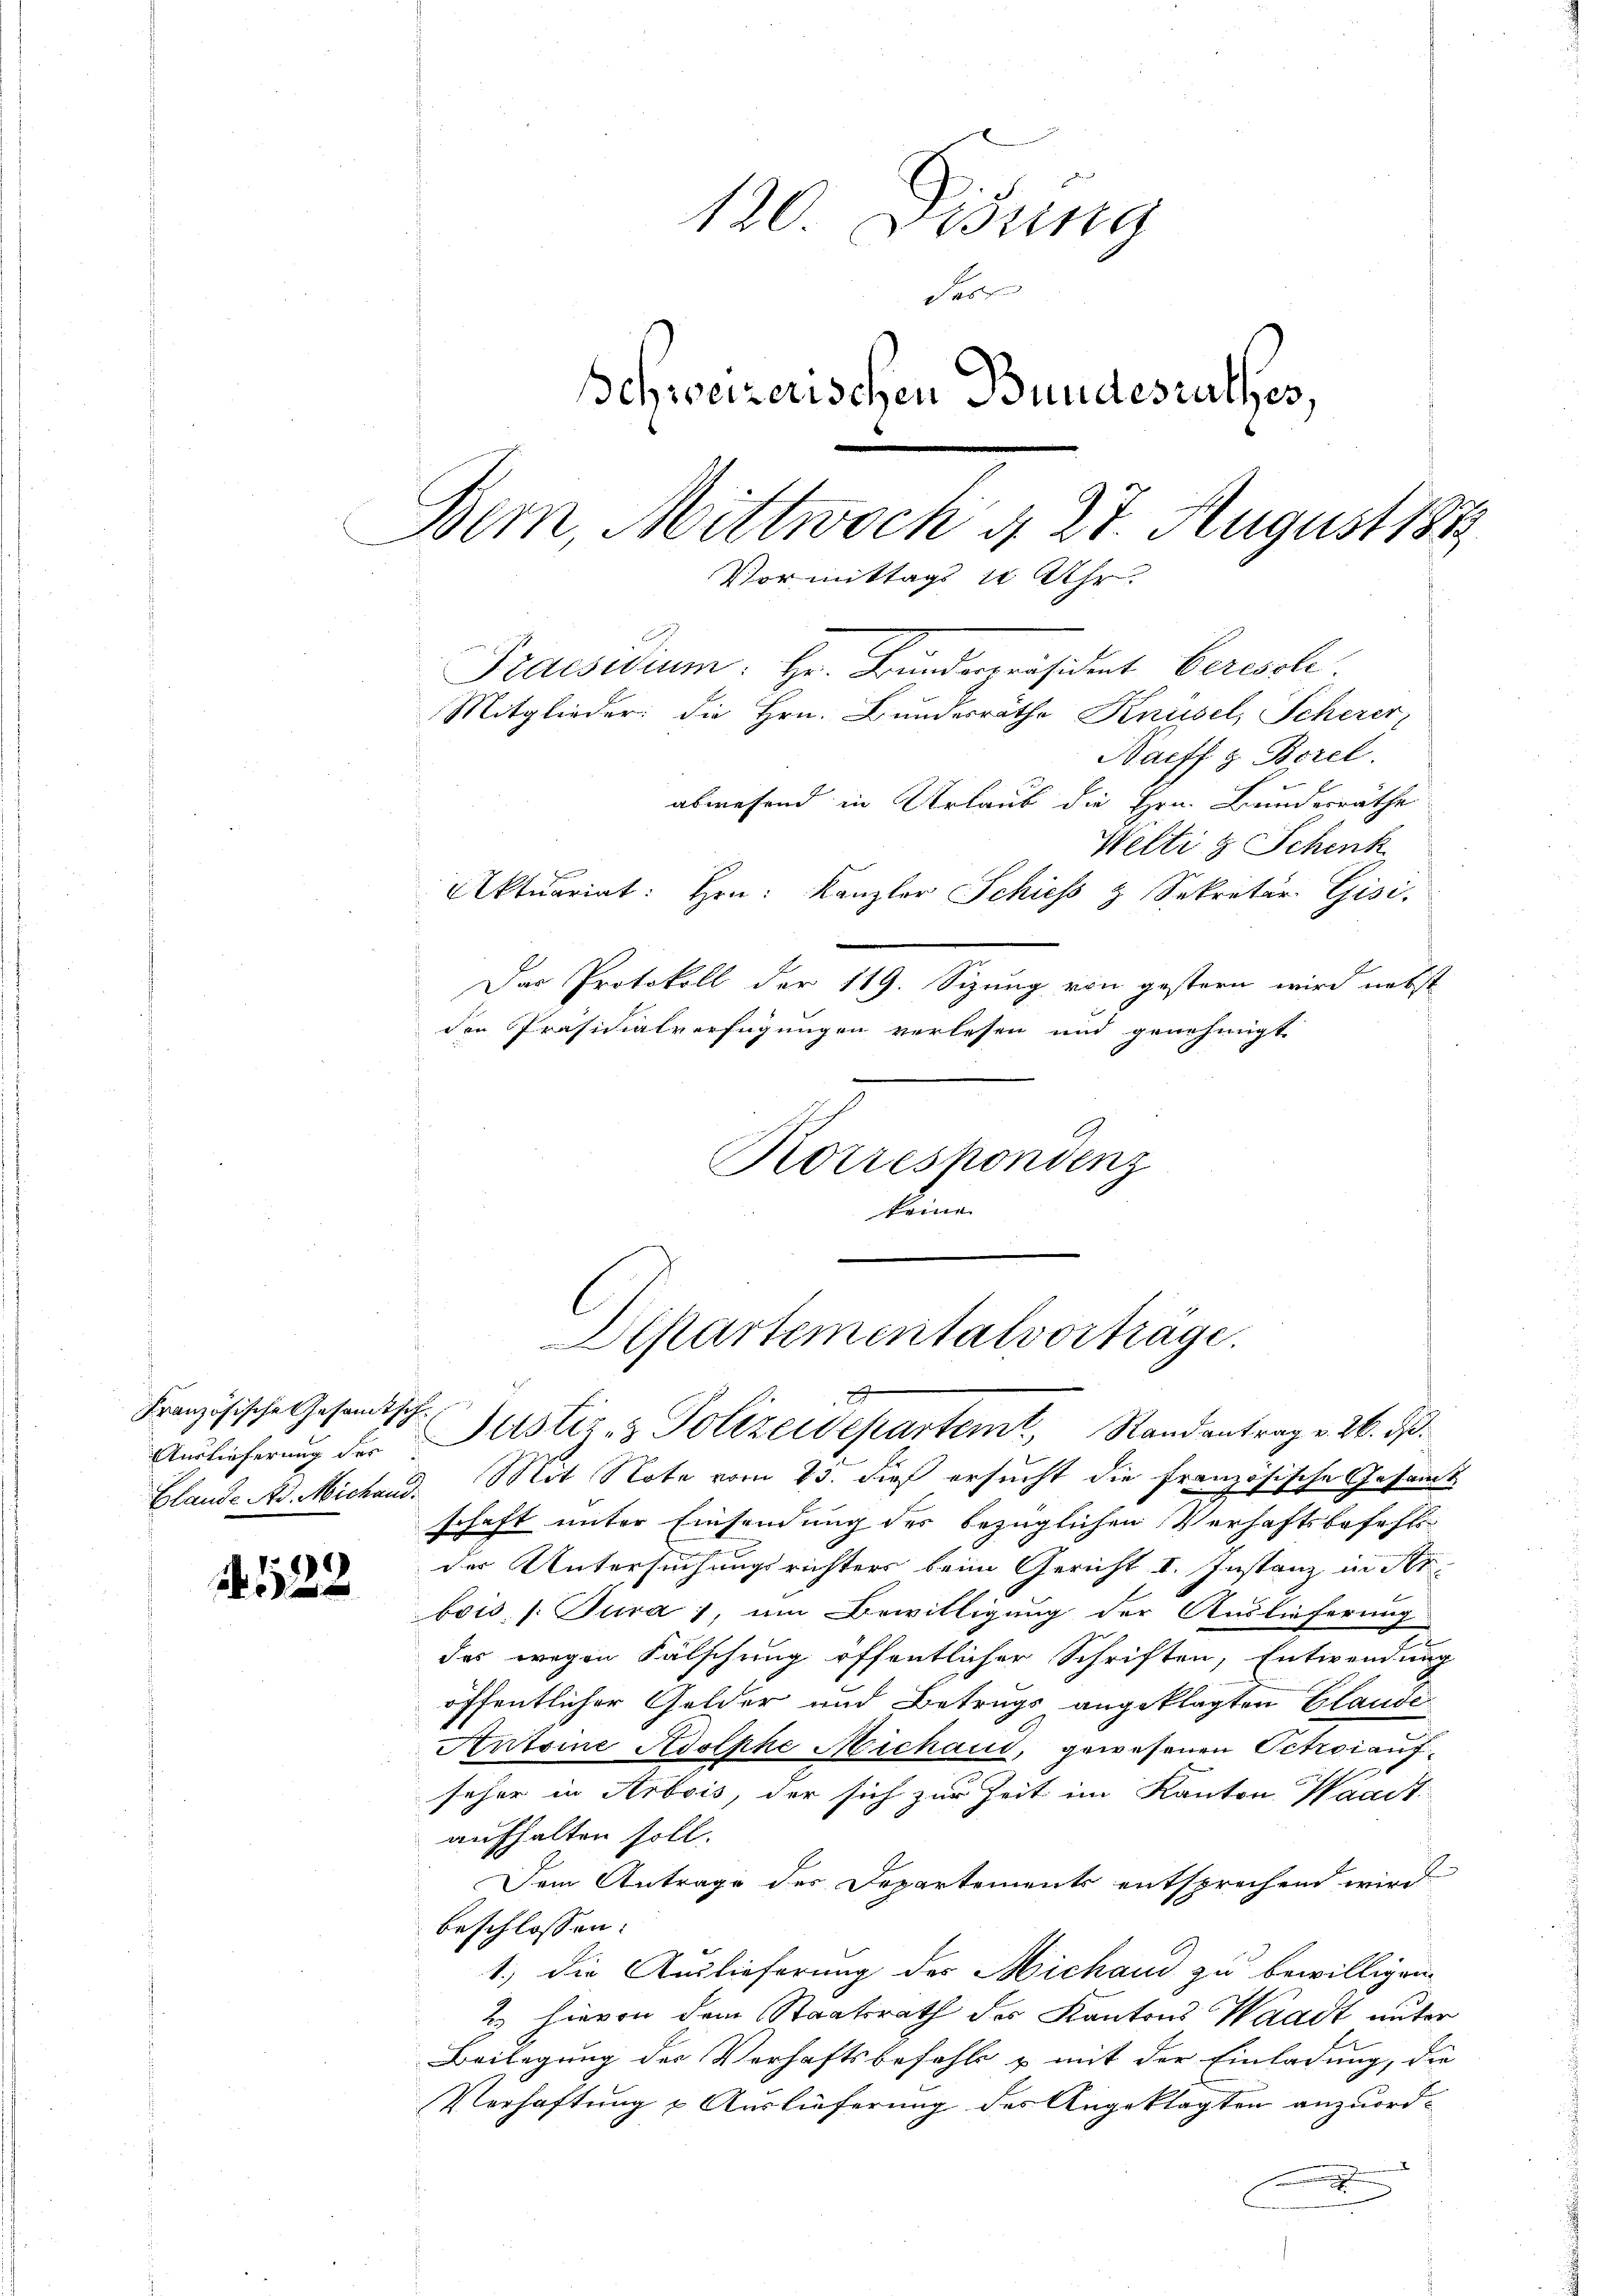
Französische Gesandtsch
Auslieferung der

122

120. Weing
Fr
schweizerischen Bundesrathes,
Bem, Mittwoch d. 27. August 1883
Vormittags 1 Uhr.
Praesidium. Hr. Freunderpräsident berisch
Mitglieder: die Hrn. Bundesräthe Knüsel, Scherer,
Harff z. Borel.

abwesend in Urlaub die Hrn. Bundesräthe
Welti & Schenk
Aktuariat: Hrn. Kanzler Schiess & Sekretär Gisi,
Das Protokoll der 119. Sizung von gestern wird nebst
den Präsidialverfügungen verlesen und genehmigt
Korrespondenz
keine

Dipartementalvorträge.
2
Justiz- & Polizeidepartem Randantrag v. 26. d.

Clande A. Michand. Mit Note vom 25. dieß ersucht die französische Gesamt
schaft unter Einsendung der bezüglichen Verhaftsbefehl
der Untersuchungsrichters beim Gericht I. Instanz in Str
bois, /: Jura), um Bewilligung der Auslieferung
des wegen Fälschung öffentlicher Schriften, Entwendung
öffentlicher Gelder und Betrugs angeklagten Claude
Antoine Adolphe Michaud, gewesenen Petroi aufseher in Arbois, der sich zur Zeit im Kanton Waadt
aufhalten soll.
Dem Antrage des Departements entsprechend wird
beschlossen:
1.) die Auslieferung des Michand zu bewilligen.
e hievon dem Staatsrath der Kantons Waadt unter
Beilegung des Verhaftsbefehl & mit der Einladung, die
Verhaftung & Auslieferung des Angeklagten anzuord¬